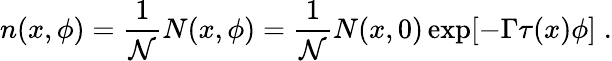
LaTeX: n(x,\phi)=\frac{1}{\mathcal{N}}N(x,\phi)=\frac{1}{\mathcal{N}}N(x,0)\exp[-\Gamma\tau(x)\phi]\; .